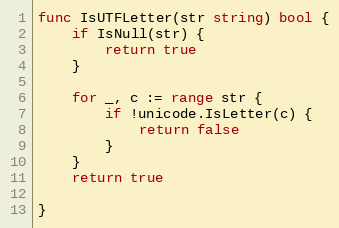
Language: Go
func IsUTFLetter(str string) bool {
	if IsNull(str) {
		return true
	}

	for _, c := range str {
		if !unicode.IsLetter(c) {
			return false
		}
	}
	return true

}